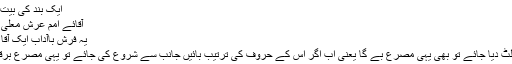
ایک بند کی بیت ملاحظہ ہو :
آقائے امم عرش معلی کا شرف ہے
یہ فرش باآداب ایک آقا کا شرف ہے
مصرع اگر الٹ دیا جائے تو بھی یہی مصرع بے گا یعنی اب اگر اس کے حروف کی ترتیب بائیں جانب سے شروع کی جائے تو یہی مصرع برقرار رہے گا۔